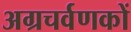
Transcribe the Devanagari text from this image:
अग्रचर्वणकों